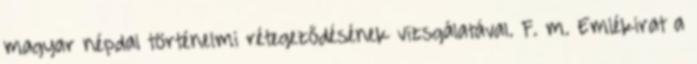
magyar népdal történelmi rétegeződésének vizsgálatával. F. m. Emlékirat a